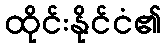
ထိုင်းနိုင်ငံ၏